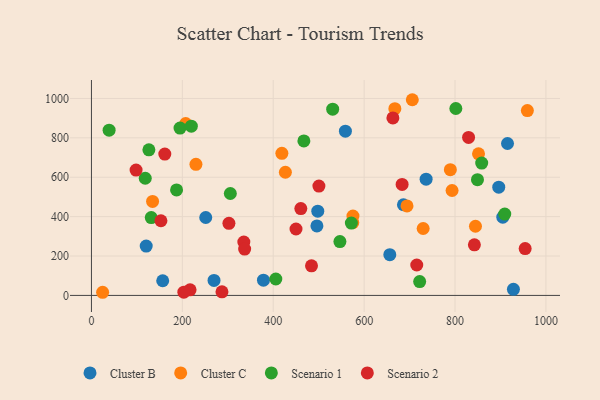
{"axis": {"x": "Experience", "y": "Rating"}, "legend": ["Cluster B", "Cluster C", "Scenario 1", "Scenario 2"], "data": [{"x": "120.5", "y": 250.5, "type": "Cluster B"}, {"x": "156.8", "y": 74.4, "type": "Cluster B"}, {"x": "928.5", "y": 31.1, "type": "Cluster B"}, {"x": "269.7", "y": 76.1, "type": "Cluster B"}, {"x": "656.5", "y": 206.6, "type": "Cluster B"}, {"x": "378.5", "y": 77.4, "type": "Cluster B"}, {"x": "686.5", "y": 460.2, "type": "Cluster B"}, {"x": "498.0", "y": 427.8, "type": "Cluster B"}, {"x": "736.4", "y": 590.3, "type": "Cluster B"}, {"x": "896.2", "y": 549.8, "type": "Cluster B"}, {"x": "905.1", "y": 397.3, "type": "Cluster B"}, {"x": "915.5", "y": 771.2, "type": "Cluster B"}, {"x": "558.8", "y": 834.1, "type": "Cluster B"}, {"x": "251.5", "y": 395.5, "type": "Cluster B"}, {"x": "496.1", "y": 352.6, "type": "Cluster B"}, {"x": "24.6", "y": 15.9, "type": "Cluster C"}, {"x": "667.6", "y": 948.0, "type": "Cluster C"}, {"x": "419.0", "y": 721.5, "type": "Cluster C"}, {"x": "575.0", "y": 369.9, "type": "Cluster C"}, {"x": "729.9", "y": 339.8, "type": "Cluster C"}, {"x": "793.5", "y": 532.6, "type": "Cluster C"}, {"x": "694.3", "y": 454.4, "type": "Cluster C"}, {"x": "207.4", "y": 873.0, "type": "Cluster C"}, {"x": "706.0", "y": 993.6, "type": "Cluster C"}, {"x": "845.0", "y": 351.1, "type": "Cluster C"}, {"x": "851.7", "y": 719.1, "type": "Cluster C"}, {"x": "426.7", "y": 625.3, "type": "Cluster C"}, {"x": "229.9", "y": 665.4, "type": "Cluster C"}, {"x": "959.2", "y": 938.4, "type": "Cluster C"}, {"x": "789.7", "y": 638.5, "type": "Cluster C"}, {"x": "134.5", "y": 477.3, "type": "Cluster C"}, {"x": "575.4", "y": 402.8, "type": "Cluster C"}, {"x": "187.3", "y": 535.8, "type": "Scenario 1"}, {"x": "467.4", "y": 784.3, "type": "Scenario 1"}, {"x": "118.4", "y": 595.0, "type": "Scenario 1"}, {"x": "38.9", "y": 839.2, "type": "Scenario 1"}, {"x": "546.7", "y": 273.5, "type": "Scenario 1"}, {"x": "194.9", "y": 849.7, "type": "Scenario 1"}, {"x": "405.7", "y": 83.2, "type": "Scenario 1"}, {"x": "131.6", "y": 395.3, "type": "Scenario 1"}, {"x": "219.8", "y": 859.1, "type": "Scenario 1"}, {"x": "530.8", "y": 945.4, "type": "Scenario 1"}, {"x": "571.9", "y": 367.2, "type": "Scenario 1"}, {"x": "305.6", "y": 517.5, "type": "Scenario 1"}, {"x": "801.8", "y": 949.1, "type": "Scenario 1"}, {"x": "858.7", "y": 672.1, "type": "Scenario 1"}, {"x": "126.4", "y": 739.2, "type": "Scenario 1"}, {"x": "909.4", "y": 413.1, "type": "Scenario 1"}, {"x": "722.2", "y": 70.2, "type": "Scenario 1"}, {"x": "849.4", "y": 587.6, "type": "Scenario 1"}, {"x": "217.0", "y": 28.5, "type": "Scenario 2"}, {"x": "302.5", "y": 366.1, "type": "Scenario 2"}, {"x": "161.4", "y": 717.8, "type": "Scenario 2"}, {"x": "152.9", "y": 379.0, "type": "Scenario 2"}, {"x": "829.8", "y": 802.1, "type": "Scenario 2"}, {"x": "203.3", "y": 16.3, "type": "Scenario 2"}, {"x": "98.2", "y": 636.3, "type": "Scenario 2"}, {"x": "450.1", "y": 337.3, "type": "Scenario 2"}, {"x": "954.3", "y": 237.6, "type": "Scenario 2"}, {"x": "287.2", "y": 18.0, "type": "Scenario 2"}, {"x": "500.5", "y": 554.9, "type": "Scenario 2"}, {"x": "663.3", "y": 901.1, "type": "Scenario 2"}, {"x": "460.7", "y": 440.9, "type": "Scenario 2"}, {"x": "335.3", "y": 270.6, "type": "Scenario 2"}, {"x": "715.8", "y": 154.5, "type": "Scenario 2"}, {"x": "683.6", "y": 563.6, "type": "Scenario 2"}, {"x": "484.2", "y": 150.2, "type": "Scenario 2"}, {"x": "337.1", "y": 235.2, "type": "Scenario 2"}, {"x": "842.6", "y": 257.0, "type": "Scenario 2"}]}